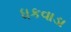
ધકવાડા